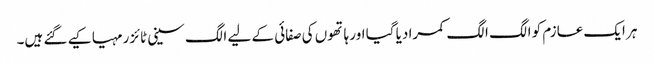
ہر ایک عازم کو الگ الگ کمرا دیا گیا اور ہاتھوں کی صفائی کے لیے الگ سینی ٹائزر مہیا کیے گئے ہیں۔